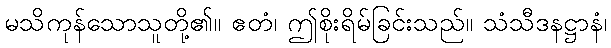
မသိကုန်သောသူတို့၏။ ဧတံ၊ ဤစိုးရိမ်ခြင်းသည်။ သံသီဒနဋ္ဌာနံ၊